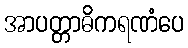
အာပတ္တာဓိကရဏံပေ